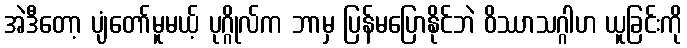
အဲဒီတော့ ပျံတော်မူမယ့် ပုဂ္ဂိုလ်က ဘာမှ ပြန်မပြောနိုင်ဘဲ ဝိဿာသဂ္ဂါဟ ယူခြင်းကို